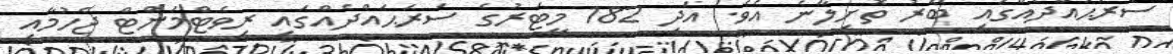
ސަރަޙައްދެއްގައި ބޭރު ތޮށިލާނެ އެވެ. އަދި 182 މީޓަރުގެ ސަރަޙައްދެއްގައި ރިވެޓްމަންޓް ޖެހުމާއި